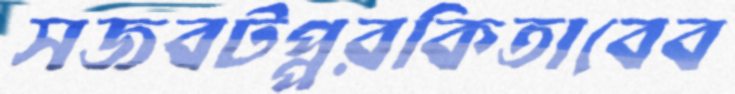
সজবটপ্পরকিতাবেব